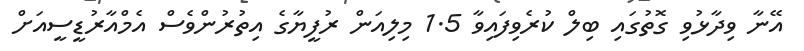
އޭނާ ވިދާޅުވި ގޮތުގައި ބިލް ކުރެވިފައިވާ 1.5 މިލިއަން ރުފީޔާގެ އިތުރުންވެސް އެމްއާރުޑީސީއަށް